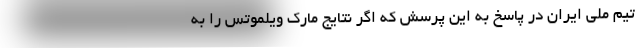
تیم ملی ایران در پاسخ به این پرسش که اگر نتایج مارک ویلموتس را به